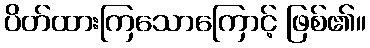
ပိတ်ထားကြသောကြောင့် ဖြစ်၏။